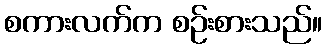
စကားလက်က စဉ်းစားသည်။